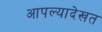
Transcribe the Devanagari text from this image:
आपल्यादेखत